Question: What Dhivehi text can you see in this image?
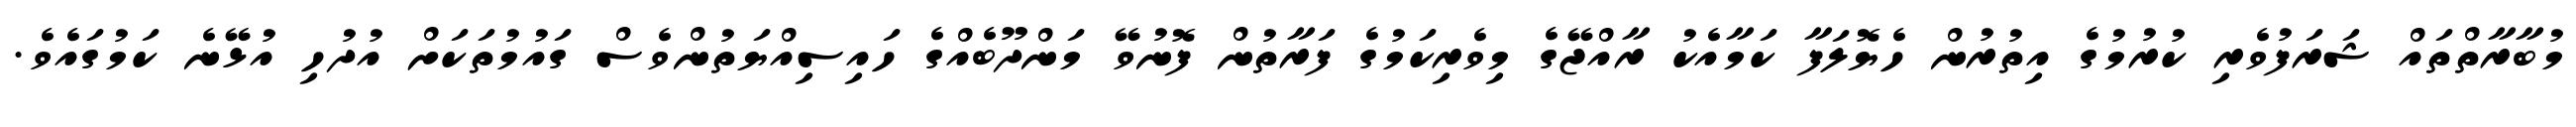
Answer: މުބާރާތްތައް ޝަރަފުވެރި ކުރުމުގެ އިތުރުން ހެޔޮލަފާ ކަމާއެކު ރާއްޖޭގެ މިވެރިކަމުގެ ފަރާތުން ފޮނުވޭ މަންދޫބެއްގެ ހައިސިއްޔަތުންވެސް ގައުމުތަކަށް އުދުހި އުޅޭނެ ކަމުގައެވެ.